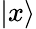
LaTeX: \vert x\rangle